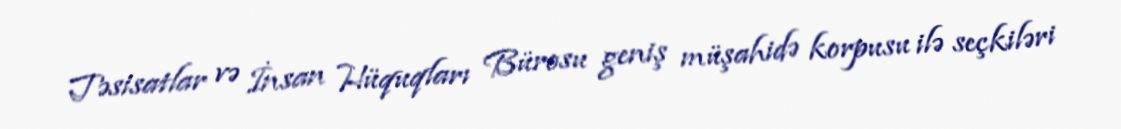
Təsisatlar və İnsan Hüquqları Bürosu geniş müşahidə korpusu ilə seçkiləri